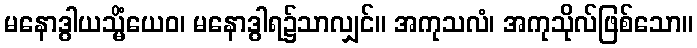
မနောဒွါယသ္မိံယေဝ၊ မနောဒွါရ၌သာလျှင်။ အကုသလံ၊ အကုသိုလ်ဖြစ်သော။